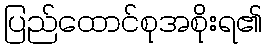
ပြည်ထောင်စုအစိုးရ၏